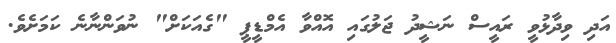
އަދި ވިދާޅުވީ ރައީސް ނަޝީދު ޖަލުގައި އޮއްވާ އެމްޑީޕީ "ގެއަކަށް" ނުވަންނާނެ ކަމަށެވެ.